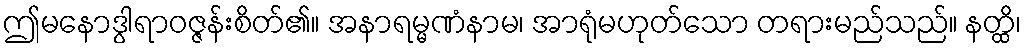
ဤမနောဒွါရာဝဇ္ဇန်းစိတ်၏။ အနာရမ္မဏံနာမ၊ အာရုံမဟုတ်သော တရားမည်သည်။ နတ္ထိ၊